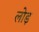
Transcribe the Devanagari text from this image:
लोड़